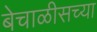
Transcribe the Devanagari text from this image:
बेचाळीसच्या